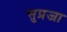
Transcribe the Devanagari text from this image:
सुप्रजा